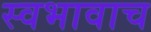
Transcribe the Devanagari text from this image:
स्वभावाच